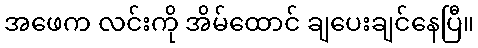
အဖေက လင်းကို အိမ်ထောင် ချပေးချင်နေပြီ။